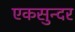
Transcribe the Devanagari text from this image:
एकसुन्दर